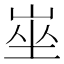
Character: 𡸄